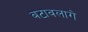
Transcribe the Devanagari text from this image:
बटावलागे